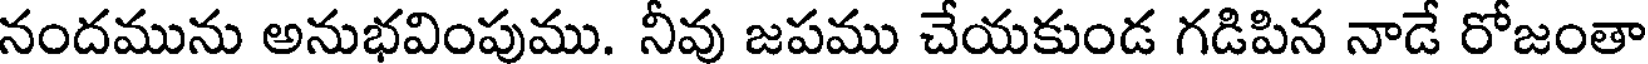
నందమును అనుభవింపుము. నీవు జపము చేయకుండ గడిపిన నాడే రోజంతా